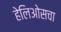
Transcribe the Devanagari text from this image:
हेलिओसचा